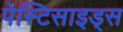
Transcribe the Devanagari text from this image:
पेस्टिसाइड्स